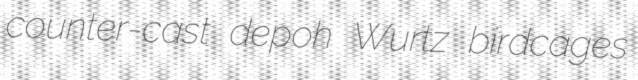
counter-cast depoh Wurtz birdcages